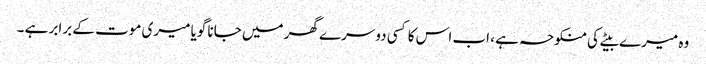
وہ میرے بیٹے کی منکوحہ ہے ، اب اس کا کسی دوسرے گھر میں جانا گویا میری موت کے برابر ہے ۔